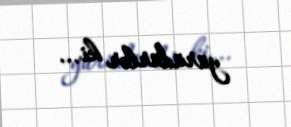
yürüdürlər ki...